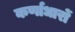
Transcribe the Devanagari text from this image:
कर्णाधारों